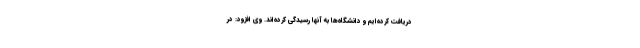
دریافت کرده‌ایم و دانشگاه‌ها به آنها رسیدگی کرده‌اند. وی افزود: در